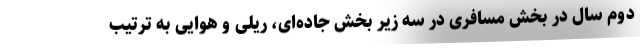
دوم سال در بخش مسافری در سه زیر بخش جاده‌ای، ریلی و هوایی به ترتیب